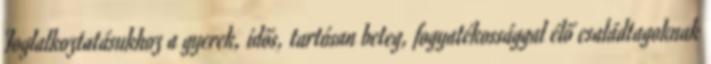
Foglalkoztatásukhoz a gyerek, idős, tartósan beteg, fogyatékossággal élő családtagoknak